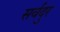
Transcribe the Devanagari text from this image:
सर्वदुर